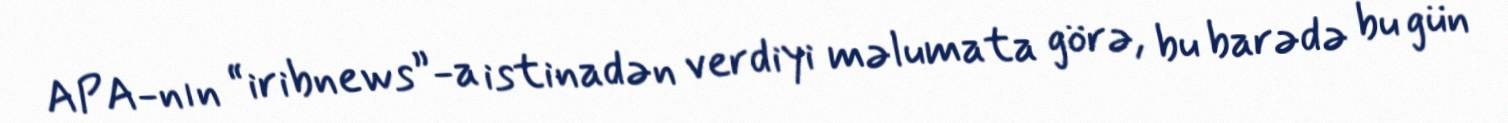
APA-nın “iribnews”-a istinadən verdiyi məlumata görə, bu barədə bu gün